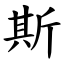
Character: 斯